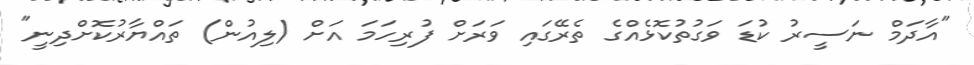
"އާދަމް ނަސީރު ކުޑަ ވަގުތުކޮޅެއްގެ ތެރޭގައި ވަރަށް ފުރިހަމަ އަށް (ލިއުން) ތައްޔާރުކޮށްދިނީ"